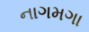
નાગમગા